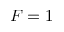
F = 1